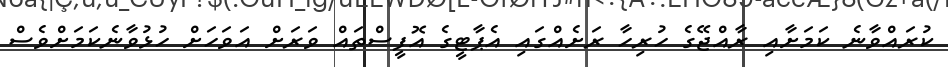
ކުރައްވާނެ ކަމަށާއި ރާއްޖޭގެ ހުރިހާ ރަށެއްގައި އެޕާޓީގެ އޮފީސްތައް ވަރަށް އަވަހަށް ހުޅުވާނެކަމަށްވެސް